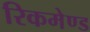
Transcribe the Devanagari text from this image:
रिकमेण्ड